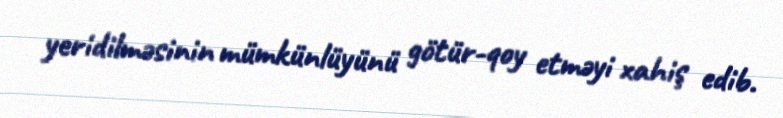
yeridilməsinin mümkünlüyünü götür-qoy etməyi xahiş edib.